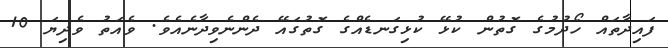
ފައިދާތައް ހޯދުމުގެ ގޮތުން ކުޅޭ ކުޅިގަނޑެއްގެ ގޮތުގައޭ ދެންނެވިދާނެއެވެ. ވެއަތު ވެދިޔަ 10